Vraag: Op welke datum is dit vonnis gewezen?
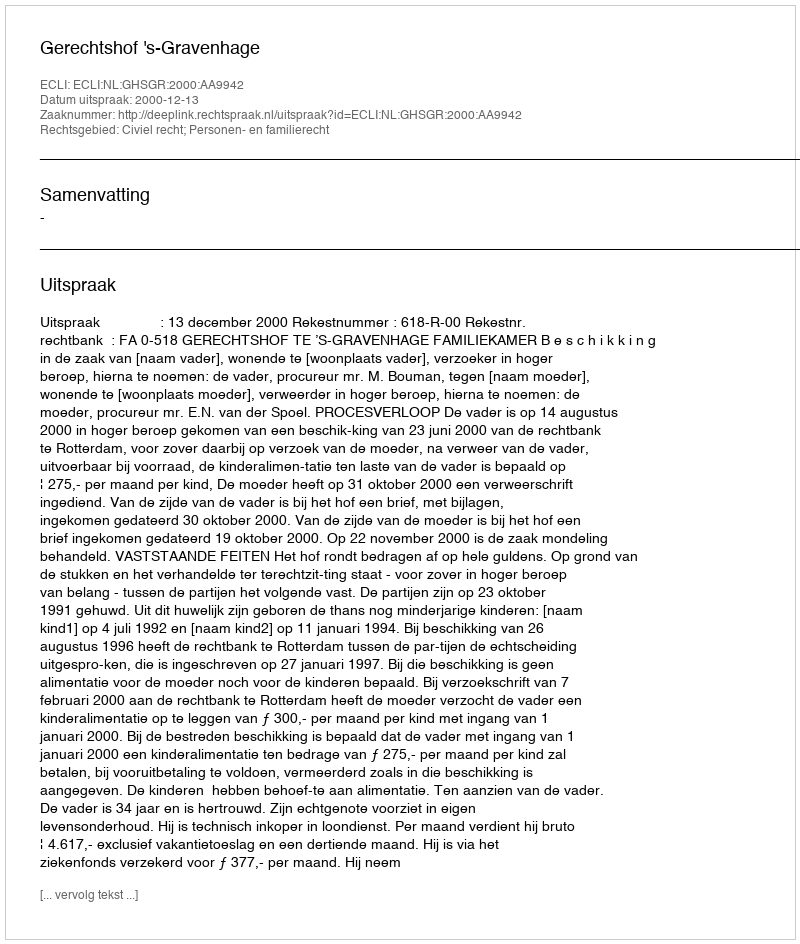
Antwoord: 2000-12-13